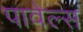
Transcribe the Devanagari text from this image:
पावेल्स